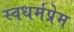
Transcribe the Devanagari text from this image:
स्वधर्मप्रेम